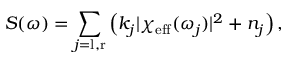
S ( \omega ) = \sum _ { j = \mathrm { l , r } } \left( k _ { j } | \chi _ { \mathrm { e f f } } ( \omega _ { j } ) | ^ { 2 } + n _ { j } \right) ,